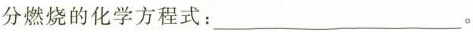
燃烧的化学方程式：___。